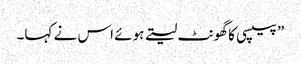
” پیپسی کا گھونٹ لیتے ہوئے اس نے کہا۔